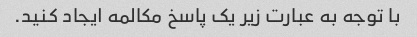
با توجه به عبارت زیر یک پاسخ مکالمه ایجاد کنید.